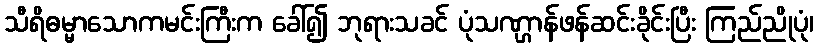
သီရိဓမ္မာသောကမင်းကြီးက ခေါ်၍ ဘုရားသခင် ပုံသဏ္ဌာန်ဖန်ဆင်းခိုင်းပြီး ကြည်ညိုပုံ၊